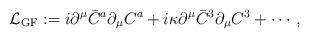
LaTeX: \begin{align*}{\cal L}_{\rm GF} :=i\partial^\mu\bar C^a\partial_\mu C^a +i\kappa\partial^\mu\bar C^3\partial_\mu C^3 +\cdots,\end{align*}